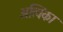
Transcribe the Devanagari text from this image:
अत्विका